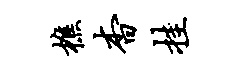
樵杳挂